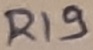
Text: R19